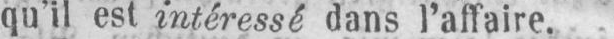
qu’il est intéressé dans I’affaire.